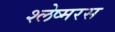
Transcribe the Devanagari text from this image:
श्लेष्मरस